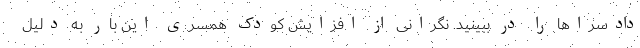
دادسراها را در ببینید. نگرانی‌ از افزایش کودک همسری این بار به دلیل